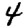
Digit: 4